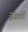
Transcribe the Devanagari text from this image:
ब्रेकेटों